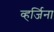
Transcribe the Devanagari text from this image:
व्हर्जिना